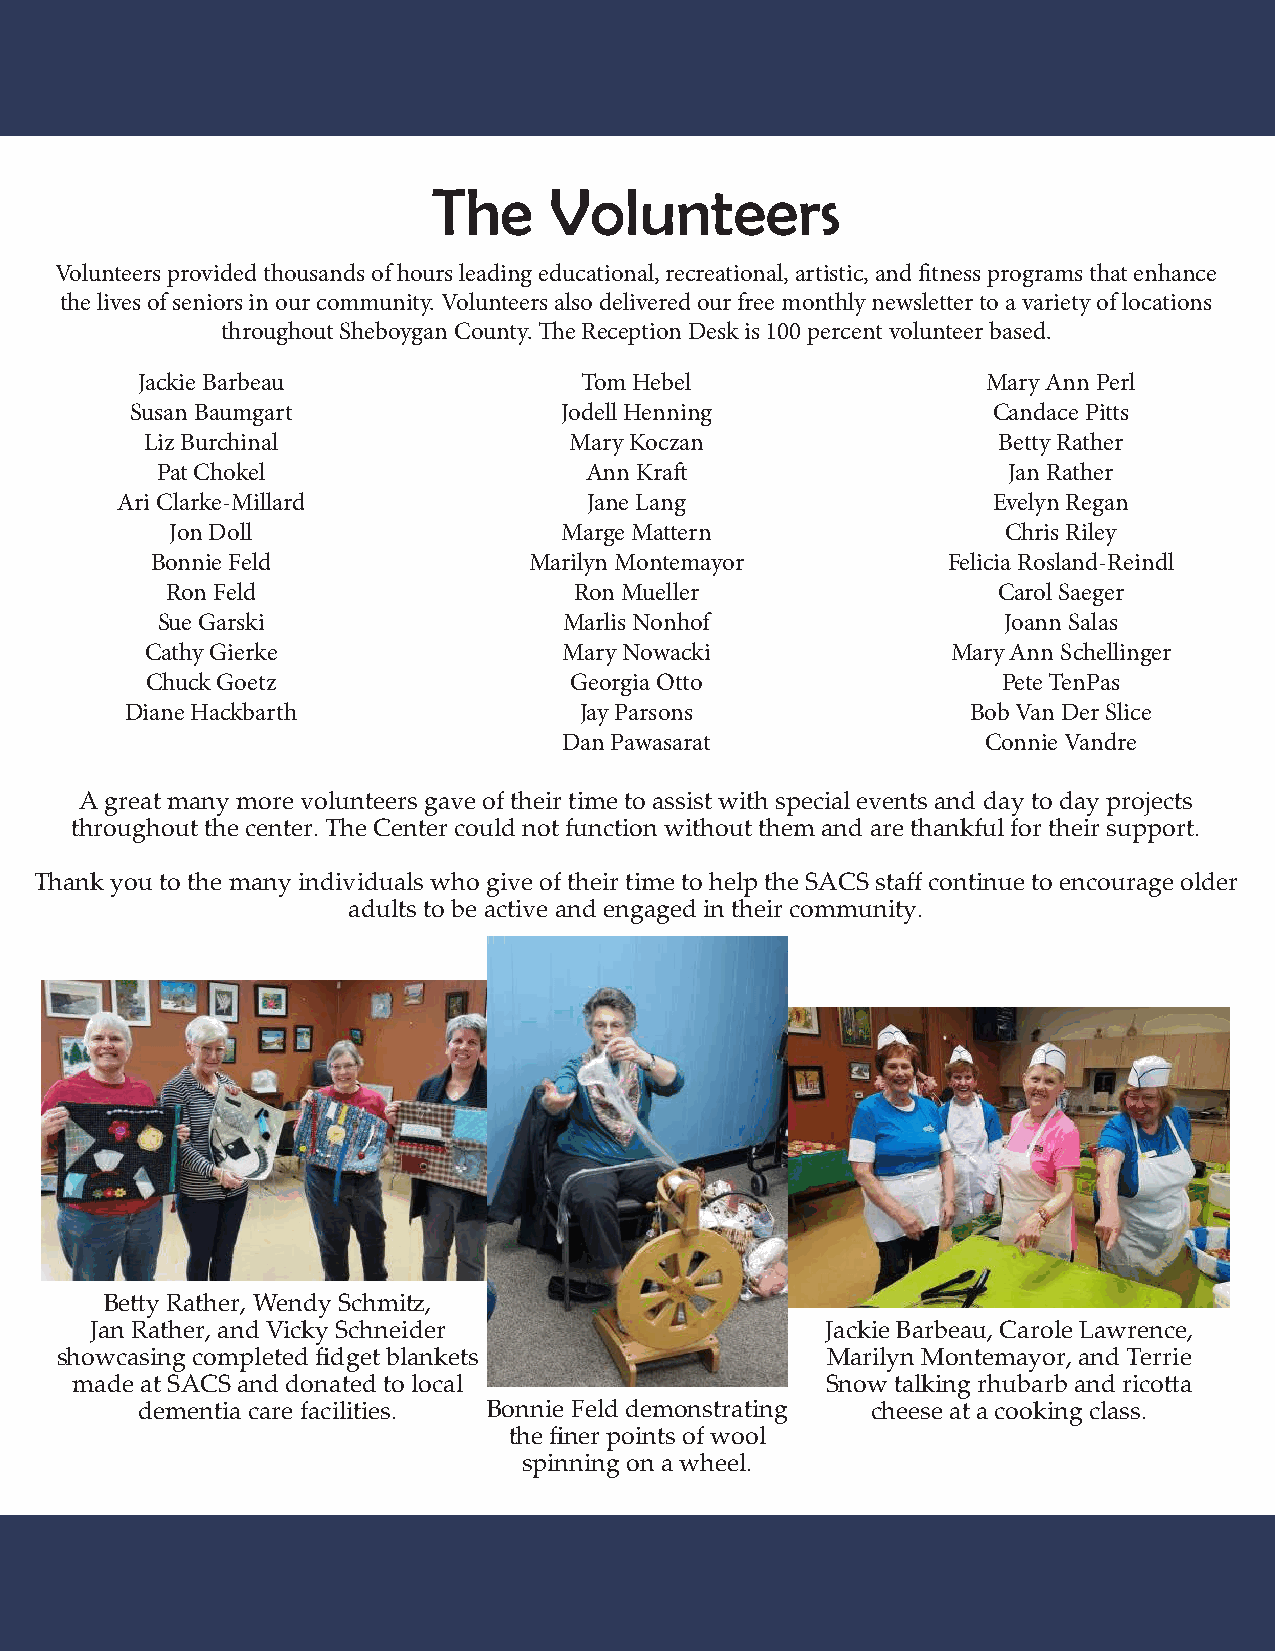
The    Volunteers
 Volunteers provided thousands of hours leading educational, recreational, artistic, and fitness programs that enhance
 the lives of seniors in our community. Volunteers also delivered our free monthly newsletter to a variety of locations
 throughout Sheboygan County. The Reception Desk is 100 percent volunteer based.
 Jackie Barbeau               Tom Hebel                  Mary Ann Perl
 Susan Baumgart              Jodell Henning               Candace Pitts
 Liz Burchinal               Mary Koczan                 Betty Rather
 Pat Chokel                   Ann Kraft                   Jan Rather
 Ari Clarke-Millard             Jane Lang                  Evelyn Regan
 Jon Doll                  Marge Mattern                 Chris Riley
 Bonnie Feld              Marilyn Montemayor          Felicia Rosland-Reindl
 Ron Feld                   Ron Mueller                 Carol Saeger
 Sue Garski                 Marlis Nonhof                Joann Salas
 Cathy Gierke               Mary Nowacki              Mary Ann Schellinger
 Chuck Goetz                 Georgia Otto                Pete TenPas
 Diane Hackbarth               Jay Parsons               Bob Van Der Slice
 Dan Pawasarat               Connie Vandre
 A great many more volunteers gave of their time to assist with special events and day to day projects
 throughout the center. The Center could not function without them and are thankful for their support.
 Thank you to the many individuals who give of their time to help the SACS staff continue to encourage older
 adults to be active and engaged in their community.
 Betty Rather, Wendy Schmitz,
 Jan Rather, and Vicky Schneider                  Jackie Barbeau, Carole Lawrence,
 showcasing completed fidget blankets               Marilyn Montemayor, and Terrie
 made at SACS and donated to local                 Snow talking rhubarb and ricotta
 dementia care facilities. Bonnie Feld demonstrating cheese at a cooking class.
 the finer points of wool
 spinning on a wheel.